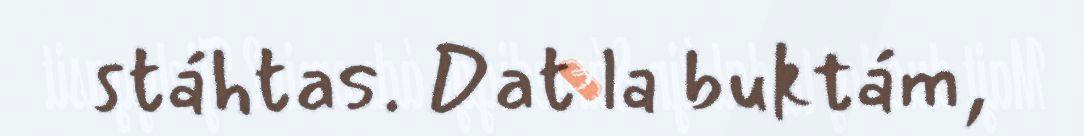
stáhtas. Dat la buktám,